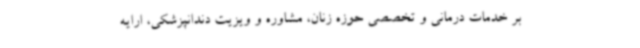
بر خدمات درمانی و تخصصی حوزه زنان، مشاوره و ویزیت دندانپزشکی، ارایه